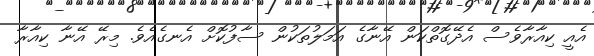
އެއީ ކިއާރާވެސް އެދޭގޮތްކަން އޭނާގެ އަމަލުތަކުން ސާފުކޮށް އެނގެއެވެ. މިރޭ އޭނާ ކިއާރާ